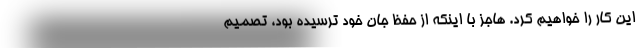
این کار را خواهیم کرد. هاجز با اینکه از حفظ جان خود ترسیده بود، تصمیم